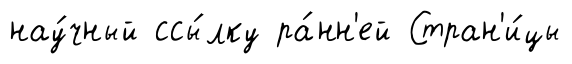
нау́чный ссы́лку ра́нн'ей Стран'и́цы